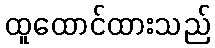
ထူထောင်ထားသည်